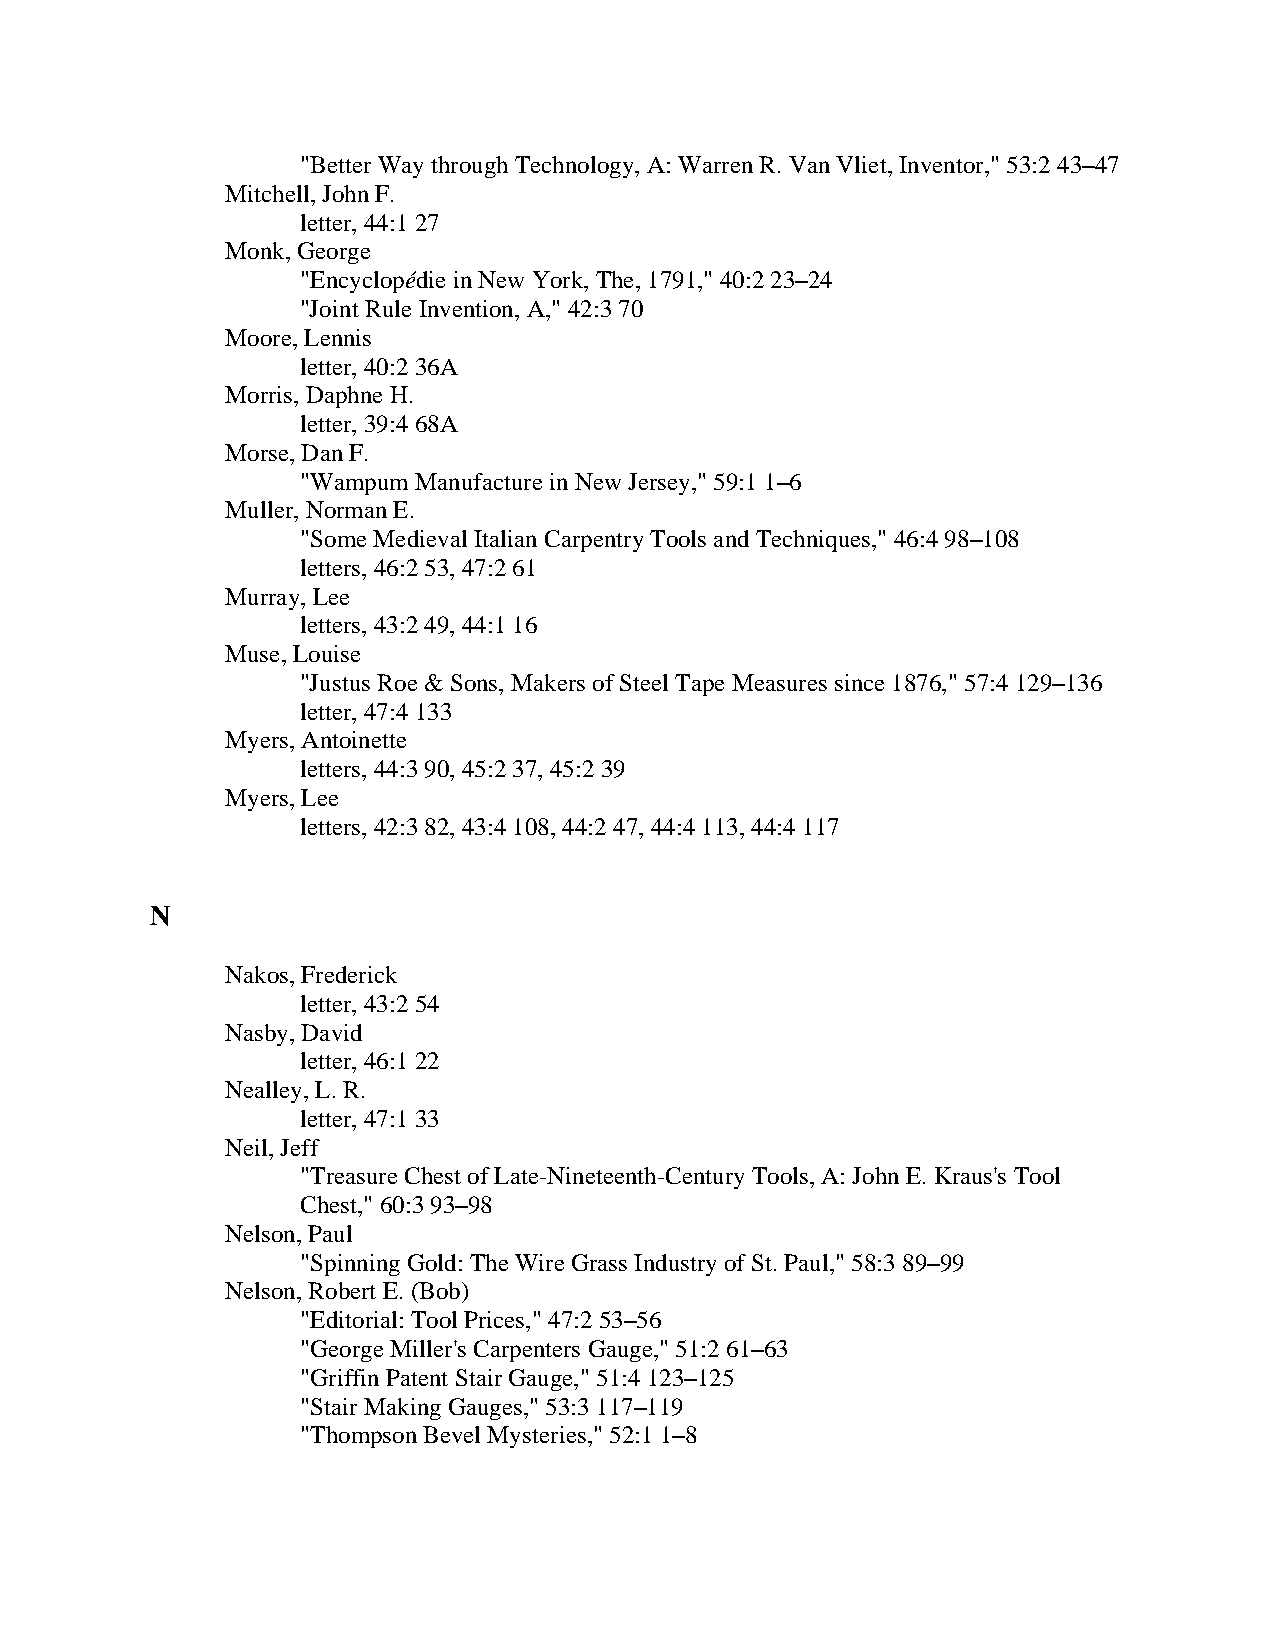
"Better Way through Technology, A: Warren R. Van Vliet, Inventor," 53:2 43–47
 Mitchell, John F.
 letter, 44:1 27
 Monk, George
 "Encyclopédie in New York, The, 1791," 40:2 23–24
 "Joint Rule Invention, A," 42:3 70
 Moore, Lennis
 letter, 40:2 36A
 Morris, Daphne H.
 letter, 39:4 68A
 Morse, Dan F.
 "Wampum Manufacture in New Jersey," 59:1 1–6
 Muller, Norman E.
 "Some Medieval Italian Carpentry Tools and Techniques," 46:4 98–108
 letters, 46:2 53, 47:2 61
 Murray, Lee
 letters, 43:2 49, 44:1 16
 Muse, Louise
 "Justus Roe & Sons, Makers of Steel Tape Measures since 1876," 57:4 129–136
 letter, 47:4 133
 Myers, Antoinette
 letters, 44:3 90, 45:2 37, 45:2 39
 Myers, Lee
 letters, 42:3 82, 43:4 108, 44:2 47, 44:4 113, 44:4 117
 N
 Nakos, Frederick
 letter, 43:2 54
 Nasby, David
 letter, 46:1 22
 Nealley, L. R.
 letter, 47:1 33
 Neil, Jeff
 "Treasure Chest of Late-Nineteenth-Century Tools, A: John E. Kraus's Tool
 Chest," 60:3 93–98
 Nelson, Paul
 "Spinning Gold: The Wire Grass Industry of St. Paul," 58:3 89–99
 Nelson, Robert E. (Bob)
 "Editorial: Tool Prices," 47:2 53–56
 "George Miller's Carpenters Gauge," 51:2 61–63
 "Griffin Patent Stair Gauge," 51:4 123–125
 "Stair Making Gauges," 53:3 117–119
 "Thompson Bevel Mysteries," 52:1 1–8